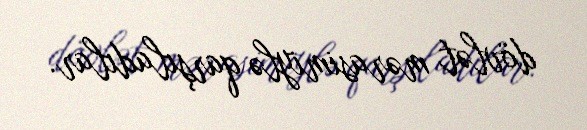
dövlət mərasimiylə qarşıladılar.